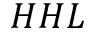
H H L